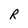
Character: R